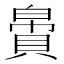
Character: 𬥝